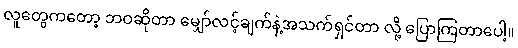
လူတွေကတော့ ဘဝဆိုတာ မျှော်လင့်ချက်နဲ့အသက်ရှင်တာ လို့ ပြောကြတာပေါ့။